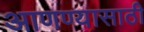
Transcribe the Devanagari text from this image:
आणण्‍यासाठी